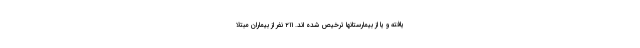
یافته و یا از بیمارستانها ترخیص شده اند. ۲۱۱ نفر از بیماران مبتلا